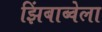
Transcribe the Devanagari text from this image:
झिंबाब्वेला